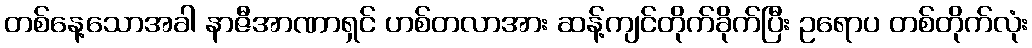
တစ်နေ့သောအခါ နာဇီအာဏာရှင် ဟစ်တလာအား ဆန့်ကျင်တိုက်ခိုက်ပြီး ဥရောပ တစ်တိုက်လုံး